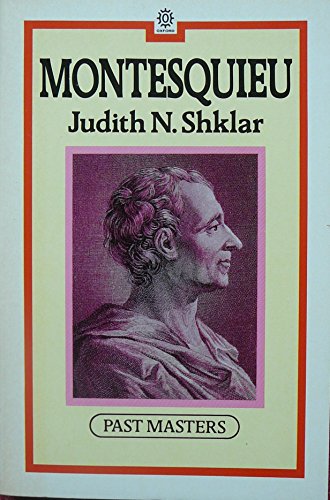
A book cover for Montesquieu (Past Masters); Judith N. Shklar; Politics & Social Sciences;